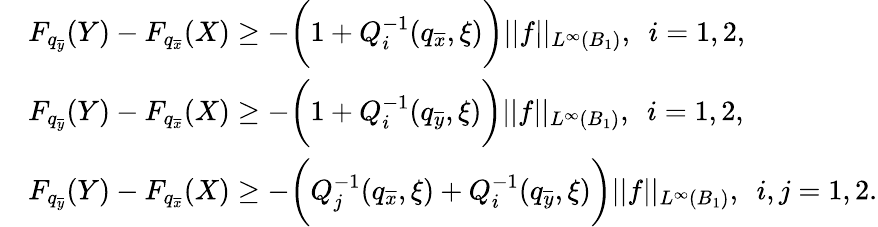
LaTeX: \begin{array}{rl}&{F_{q_{\overline{{y}}}}(Y)-F_{q_{\overline{{x}}}}(X)\geq-\bigg(1+Q_{i}^{-1}(q_{\overline{{x}}},\xi)\bigg)||f||_{L^{\infty}(B_{1})},\ \ i=1,2,}\\ &{F_{q_{\overline{{y}}}}(Y)-F_{q_{\overline{{x}}}}(X)\geq-\bigg(1+Q_{i}^{-1}(q_{\overline{{y}}},\xi)\bigg)||f||_{L^{\infty}(B_{1})},\ \ i=1,2,}\\ &{F_{q_{\overline{{y}}}}(Y)-F_{q_{\overline{{x}}}}(X)\geq-\bigg(Q_{j}^{-1}(q_{\overline{{x}}},\xi)+Q_{i}^{-1}(q_{\overline{{y}}},\xi)\bigg)||f||_{L^{\infty}(B_{1})},\ \ i,j=1,2.}\end{array}